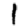
Digit: 1